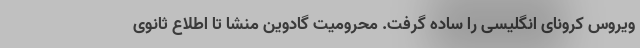
ویروس کرونای انگلیسی را ساده گرفت. محرومیت گادوین منشا تا اطلاع ثانوی